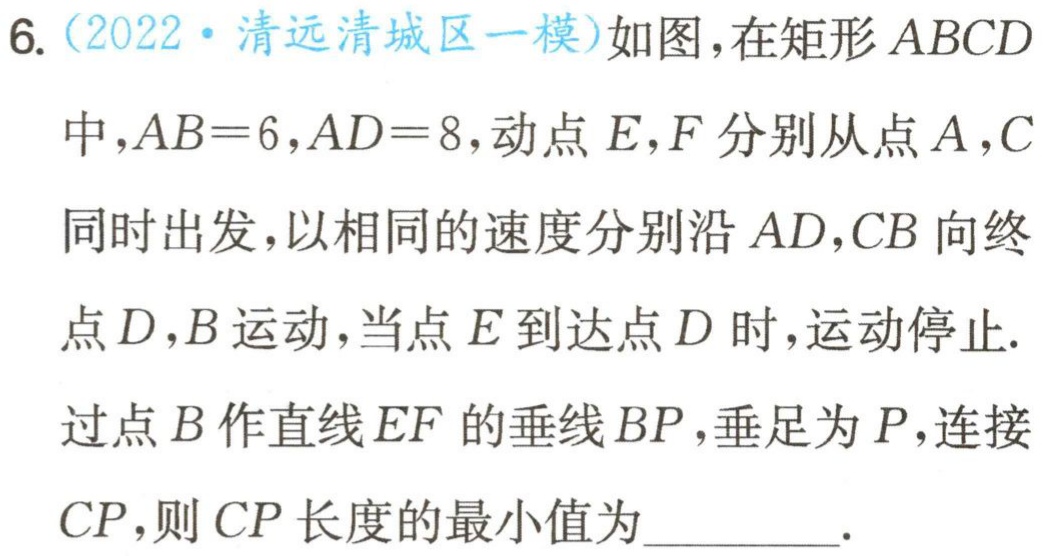
6.（2022·清远清城区一模）如图，在矩形 \(ABCD\) 中，\(AB = 6\)，\(AD = 8\)，动点 \(E\)，\(F\) 分别从点 \(A\)，\(C\) 同时出发，以相同的速度分别沿 \(AD\)，\(CB\) 向终点 \(D\)，\(B\) 运动，当点 \(E\) 到达点 \(D\) 时，运动停止. 过点 \(B\) 作直线 \(EF\) 的垂线 \(BP\)，垂足为 \(P\)，连接 \(CP\)，则 \(CP\) 长度的最小值为__________.